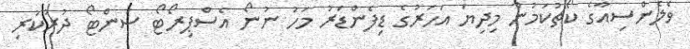
ވެލެންސިއާގެ ކޯޗުކަމުން މިދިޔަ އަހަރުގެ ޑިފެންޑަރު މަހު ނުނޯ އެސްޕިރޯޓޯ ސަންޓޯ ދުރުކުރި